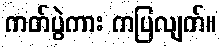
ကတ်ပွဲကား ကပြလျက်။